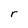
Character: r